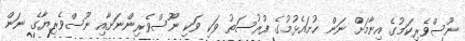
ނޫސްވެރިކަމުގެ އިނާމަށް ނަން ހުށައެޅުމުގެ ފުރުސަތު ވަކި ވަކި ނޫސްވެރިންނަށާއި ނޫސްވެރިޔާގެ ނަން